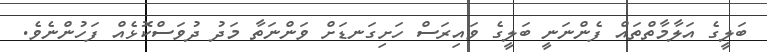
ބަލީގެ އަލާމާތްތައް ފެންނަނީ ބަލީގެ ވައިރަސް ހަށިގަނޑަށް ވަންނަތާ މަދު ދުވަސްކޮޅެއް ފަހުންނެވެ.